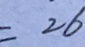
= 2 6